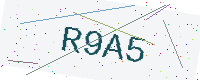
Text: R9A5